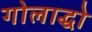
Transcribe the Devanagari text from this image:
गोलाद्धो